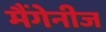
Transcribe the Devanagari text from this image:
मैंगेनीज